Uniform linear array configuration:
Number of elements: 64
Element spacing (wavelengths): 0.75
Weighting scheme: kaiser
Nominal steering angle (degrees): -45
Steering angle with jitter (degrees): -44.136
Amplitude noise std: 0.05
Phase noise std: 0.05

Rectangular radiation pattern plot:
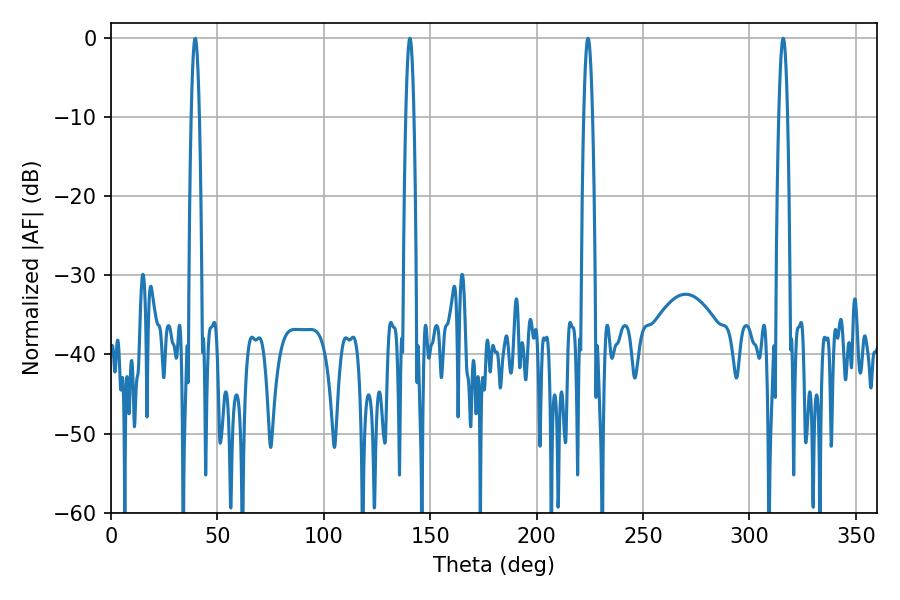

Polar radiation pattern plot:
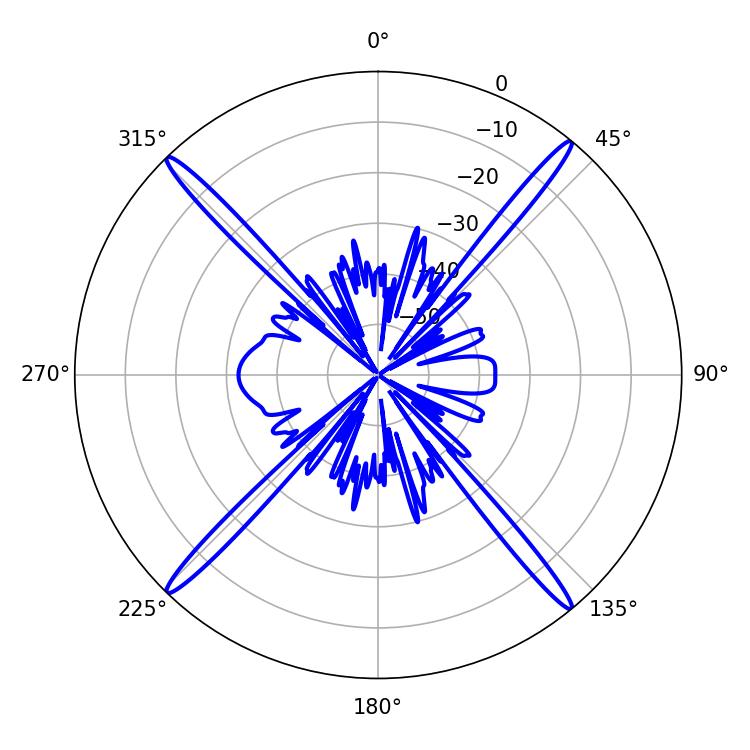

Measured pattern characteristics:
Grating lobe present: TRUE
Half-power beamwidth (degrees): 2.16
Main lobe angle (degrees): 315.9